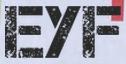
EYF